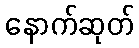
နောက်ဆုတ်